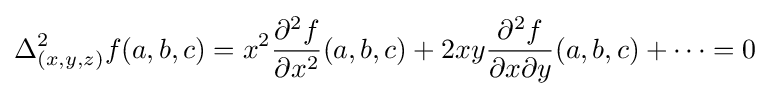
\Delta _{(x,y,z)}^{2}f(a,b,c)=x^{2}{\partial ^{2}f \over \partial x^{2}}(a,b,c)+2xy{\partial ^{2}f \over \partial x\partial y}(a,b,c)+\dots =0